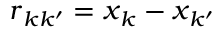
\boldsymbol { r } _ { k k ^ { \prime } } = \boldsymbol { x } _ { k } - \boldsymbol { x } _ { k ^ { \prime } }